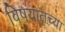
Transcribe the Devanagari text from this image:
विषयातच्या